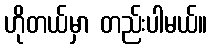
ဟိုတယ်မှာ တည်းပါမယ်။